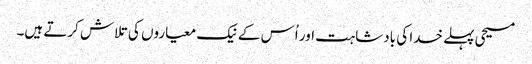
‏ مسیحی پہلے خدا کی بادشاہت اور اُس کے نیک معیاروں کی تلاش کرتے ہیں۔